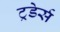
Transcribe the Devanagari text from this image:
ट्रडेर्स